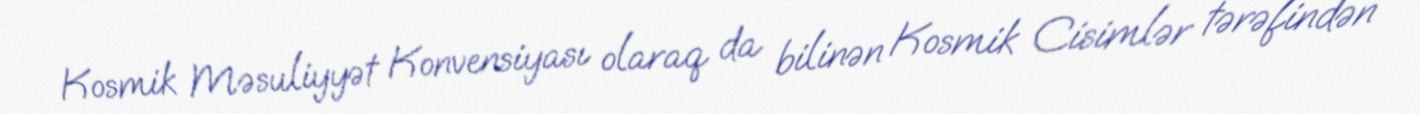
Kosmik Məsuliyyət Konvensiyası olaraq da bilinən Kosmik Cisimlər tərəfindən